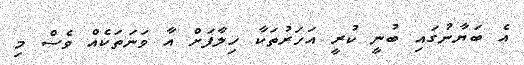
އެ ބަޔާނުގައި ބުނީ ކުރީ އަހަރުތަކާ ހިލާފަށް އާ ވަނަތަކެއް ވެސް މި